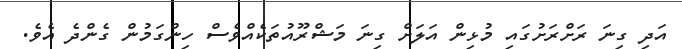
އަދި ގިނަ ރަށްރަށުގައި މުޅިން އަލަށް ގިނަ މަޝްރޫއުތަކެއްވެސް ހިންގަމުން ގެންދެ އެވެ.